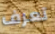
تعرف